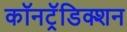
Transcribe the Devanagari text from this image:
कॉनट्रॅडिक्शन